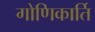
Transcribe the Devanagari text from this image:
गोणिकार्ति